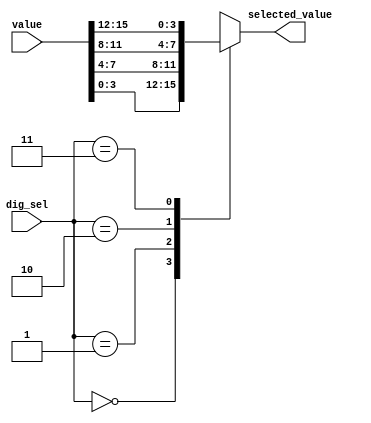
// Block 3
// Module to select one 4 bit group from the input

module group_selector(input [15:0] value,
		      input [1:0]  dig_sel,
		      output reg [3:0] selected_value
                     );

  always @ (dig_sel, value)
    case (dig_sel)
      2'b00: selected_value = value[3:0];
      
      2'b01: selected_value = value[7:4];
      
      2'b10: selected_value = value[11:8];
      
      2'b11: selected_value = value[15:12];
      
    endcase // case (dig_sel)

endmodule